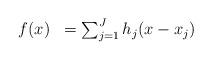
LaTeX: \begin{align*}\begin{array}{ll}f(x) & = \sum_{j=1}^{J} h_{j}(x-x_{j})\end{array}\end{align*}